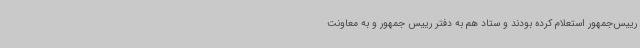
رییس‌جمهور استعلام کرده بودند و ستاد هم به دفتر رییس جمهور و به معاونت